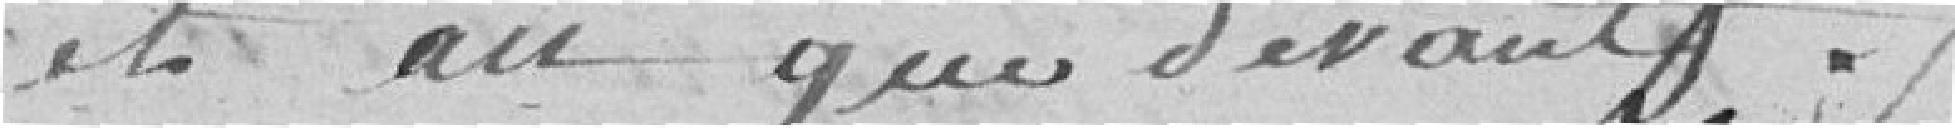
et an que devant.